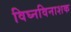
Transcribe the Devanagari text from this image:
विघ्नविनाशक